Annual administration and progress report of the Indian Medical Department, Bombay
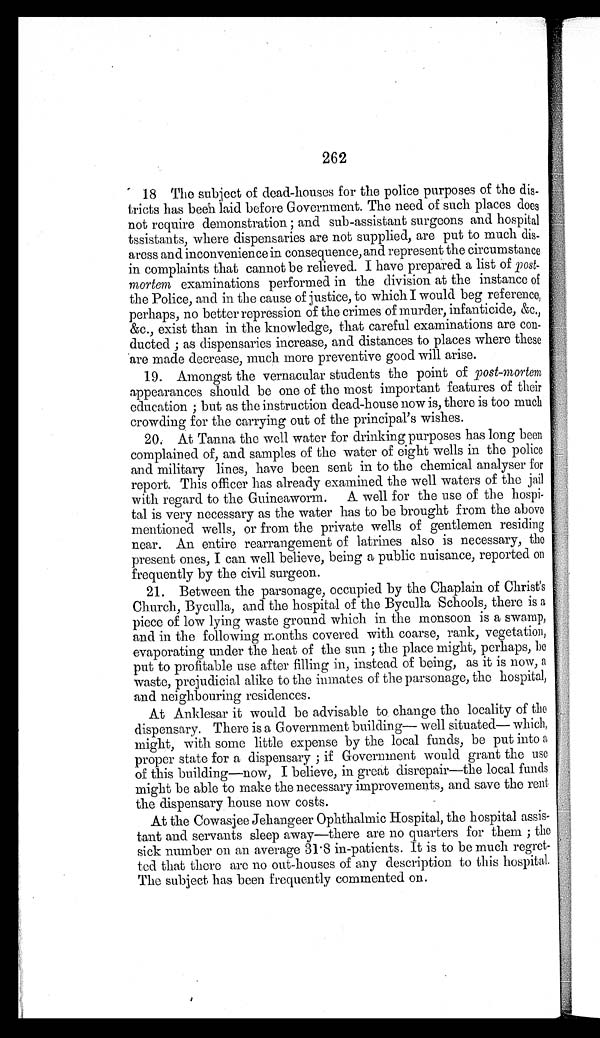
262
18. The subject of dead-houses for the police purposes of the dis
-tricts has been laid before Government. The need of such places does
not require demonstration; and sub-assistant surgeons and hospital
tssistants, where dispensaries are not supplied, are put to much dis
-aress and inconvenience in consequence, and represent the circumstance
in complaints that cannot be relieved. I have prepared a list of post
-mortem examinations performed in the division at the instance of
the Police, and in the cause of justice, to which I would beg reference,
perhaps, no better repression of the crimes of murder, infanticide, &c.,
&c., exist than in the knowledge, that careful examinations are con
-ducted; as dispensaries increase, and distances to places where these
are made decrease, much more preventive good will arise.
19. Amongst the vernacular students the point of post-mortem
appearances should be one of the most important features of their
education; but as the instruction dead-house now is, there is too much
crowding for the carrying out of the principal's wishes.
20. At Tanna the well water for drinking purposes has long been
complained of, and samples of the water of eight wells in the police
and military lines, have been sent in to the chemical analyser for
report. This officer has already examined the well waters of the jail
with regard to the Guineaworm. A well for the use of the hospi
- t a l i s v e r y n e c e s s a r y a s t h e w a t e r h a s t o b e b r o u g h t f r o m t h e a b o v e
mentioned wells, or from the private wells of gentlemen residing
near. An entire rearrangement of latrines also is necessary, the
present ones, I can well believe, being a public nuisance, reported on
frequently by the civil surgeon.
21. Between the parsonage, occupied by the Chaplain of Christ's
Church, Byculla, and the hospital of the Byculla Schools, there is a
piece of low lying waste ground which in the monsoon is a swamp,
and in the following months covered with coarse, rank, vegetation,
evaporating under the heat of the sun; the place might, perhaps, be
put to profitable use after filling in, instead of being, as it is now, a
waste, prejudicial alike to the inmates of the parsonage, the hospital,
and neighbouring residences.
At Anklesar it would be advisable to change the locality of the
dispensary. There is a Government building—well situated—which,
might, with some little expense by the local funds, be put into a
proper state for a dispensary; if Government would grant the use
of this building—now, I believe, in great disrepair—the local funds
might be able to make the necessary improvements, and save the rent
the dispensary house now costs.
At the Cowasjee Jehangeer Ophthalmic Hospital, the hospital assis
-tant and servants sleep away—there are no quarters for them; the
sick number on an average 31.8 in-patients. It is to be much regret
-ted that there are no out-houses of any description to this hospital.
The subject has been frequently commented on.